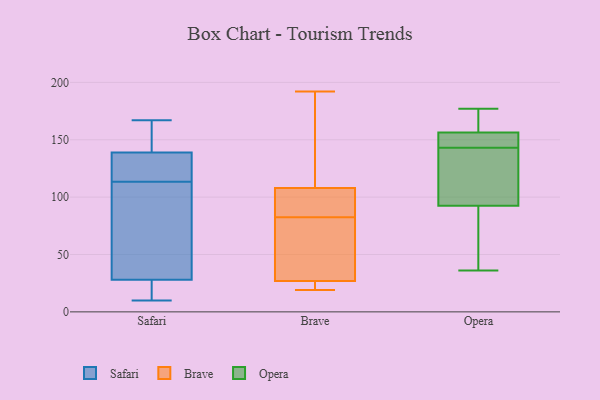
{"axis": {"x": "Backlog", "y": "Value"}, "legend": ["Brave", "Opera", "Safari"], "data": [{"x": "", "y": 52, "type": "Safari"}, {"x": "", "y": 17, "type": "Safari"}, {"x": "", "y": 101, "type": "Safari"}, {"x": "", "y": 10, "type": "Safari"}, {"x": "", "y": 140, "type": "Safari"}, {"x": "", "y": 28, "type": "Safari"}, {"x": "", "y": 167, "type": "Safari"}, {"x": "", "y": 139, "type": "Safari"}, {"x": "", "y": 133, "type": "Safari"}, {"x": "", "y": 126, "type": "Safari"}, {"x": "", "y": 107, "type": "Brave"}, {"x": "", "y": 80, "type": "Brave"}, {"x": "", "y": 27, "type": "Brave"}, {"x": "", "y": 23, "type": "Brave"}, {"x": "", "y": 19, "type": "Brave"}, {"x": "", "y": 27, "type": "Brave"}, {"x": "", "y": 190, "type": "Brave"}, {"x": "", "y": 85, "type": "Brave"}, {"x": "", "y": 55, "type": "Brave"}, {"x": "", "y": 91, "type": "Brave"}, {"x": "", "y": 43, "type": "Brave"}, {"x": "", "y": 133, "type": "Brave"}, {"x": "", "y": 192, "type": "Brave"}, {"x": "", "y": 108, "type": "Brave"}, {"x": "", "y": 153, "type": "Opera"}, {"x": "", "y": 154, "type": "Opera"}, {"x": "", "y": 37, "type": "Opera"}, {"x": "", "y": 36, "type": "Opera"}, {"x": "", "y": 157, "type": "Opera"}, {"x": "", "y": 90, "type": "Opera"}, {"x": "", "y": 168, "type": "Opera"}, {"x": "", "y": 143, "type": "Opera"}, {"x": "", "y": 138, "type": "Opera"}, {"x": "", "y": 177, "type": "Opera"}, {"x": "", "y": 100, "type": "Opera"}]}